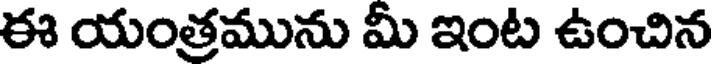
ఈ యంత్రమును మీ ఇంట ఉంచిన